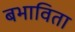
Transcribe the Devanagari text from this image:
बभाविता